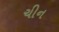
ચીન